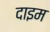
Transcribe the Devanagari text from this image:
दाइम